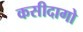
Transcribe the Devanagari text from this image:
कसीदागो